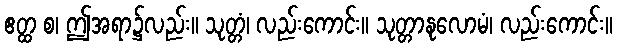
ဧတ္ထ စ၊ ဤအရာ၌လည်း။ သုတ္တံ၊ လည်းကောင်း။ သုတ္တာနုလောမံ၊ လည်းကောင်း။